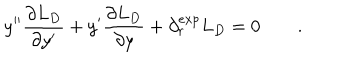
y ^ { \prime \prime } { \frac { \partial L _ { D } } { \partial y ^ { \prime } } } + y ^ { \prime } { \frac { \partial L _ { D } } { \partial y } } + \partial _ { r } ^ { e x p } L _ { D } = 0 \qquad .